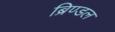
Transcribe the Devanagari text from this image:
ब्रिण्डल